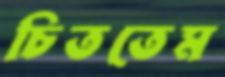
চিততেম